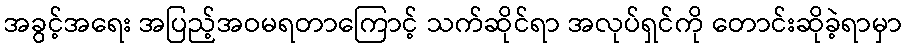
အခွင့်အရေး အပြည့်အဝမရတာကြောင့် သက်ဆိုင်ရာ အလုပ်ရှင်ကို တောင်းဆိုခဲ့ရာမှာ